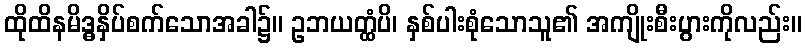
ထိုထိနမိဒ္ဓနှိပ်စက်သောအခါ၌။ ဥဘယတ္ထံပိ၊ နှစ်ပါးစုံသောသူ၏ အကျိုးစီးပွားကိုလည်း။